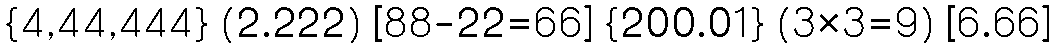
{4,44,444} (2.222) [88-22=66] {200.01} (3×3=9) [6.66]